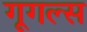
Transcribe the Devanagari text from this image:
गूगल्स